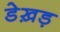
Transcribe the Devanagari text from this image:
डेख़ड़